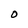
Character: O